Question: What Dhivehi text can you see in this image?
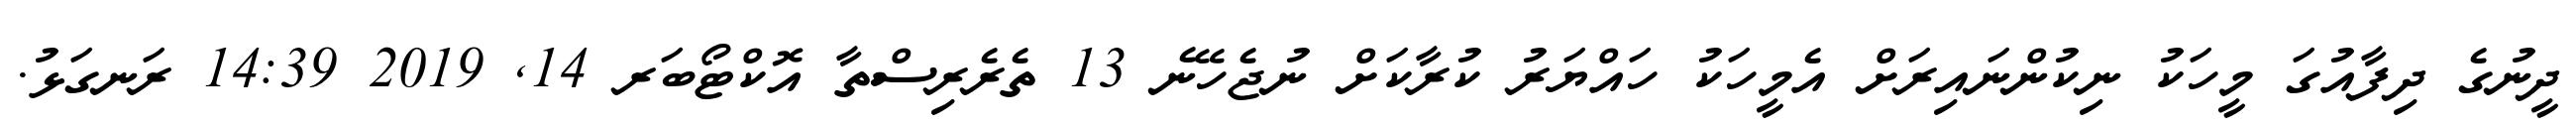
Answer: ދީނުގެ ދިފާއުގަ މީހަކު ނިކުންނައިރަށް އެމީހަކު ހައްޔަރު ކުރާކަށް ނުޖެހޭނެ 13 ތެރެރިސްތާ އޮކްޓޯބަރ 14, 2019 14:39 ރަނގަޅު.